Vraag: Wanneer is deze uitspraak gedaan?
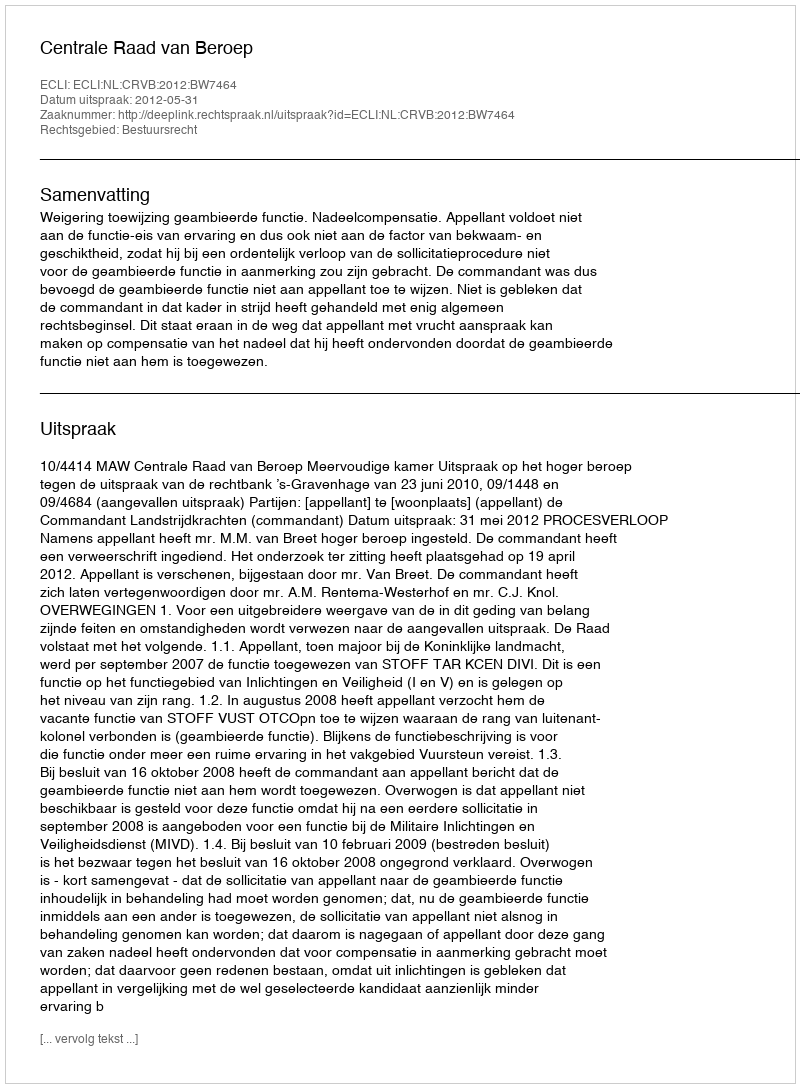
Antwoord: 2012-05-31